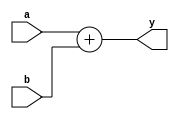
// This program was cloned from: https://github.com/asicsforthemasses/LunaPnR
// License: GNU General Public License v3.0

module adder8(input [7:0] a, input [7:0] b, output [7:0] y);

assign y = a+b;

endmodule